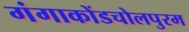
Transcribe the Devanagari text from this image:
गंगाकोंडचोलपुरम